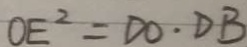
O E ^ { 2 } = D O \cdot D B